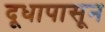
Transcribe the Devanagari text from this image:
दूधापासून